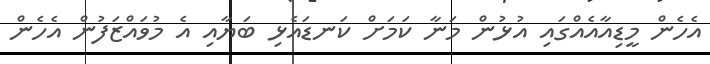
އެހެން މީޑިއާއެއްގައި އުޅުން މަނާ ކަމަށް ކަނޑައެޅި ބަޔާއި އެ މުވައްޒަފުން އެހެން